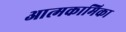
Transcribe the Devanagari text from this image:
आत्मकामिका